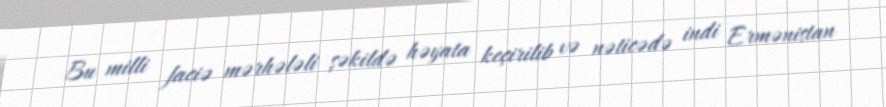
Bu milli faciə mərhələli şəkildə həyata keçirilib və nəticədə indi Ermənistan